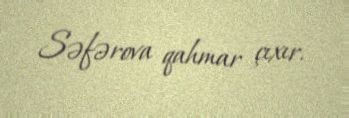
Səfərova qahmar çıxır.